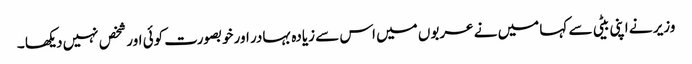
وزیر نے اپنی بیٹی سے کہا میں نے عربوں میں اس سے زیادہ بہادر اور خوبصورت کوئی اور شخص نہیں دیکھا ۔